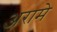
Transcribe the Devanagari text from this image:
अरामे